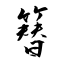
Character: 簮